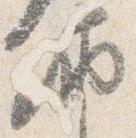
納